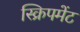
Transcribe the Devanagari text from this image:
स्क्रिपमेंट